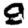
Digit: 9